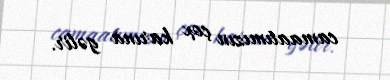
camaatımızın çox karına gəlir.